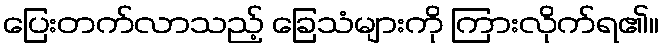
ပြေးတက်လာသည့် ခြေသံများကို ကြားလိုက်ရ၏။